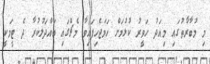
މި މުބާރާތުގައި މިއަދު ހަވީރު ކުޅުމަށް ހަމަޖެހިފައިވާ މެޗްގައި ބައްދަލުކުރާ ދެ ޓީމަކީ